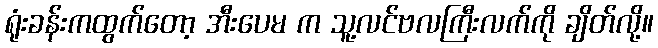
ရုံးခန်းကထွက်တော့ အီးပေမ က သူ့လင်ဗလကြီးလက်ကို ချိတ်လို့။